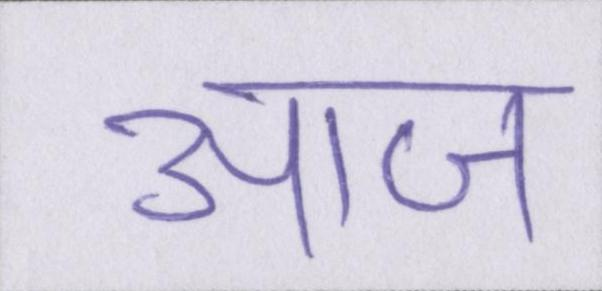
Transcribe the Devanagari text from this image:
आज